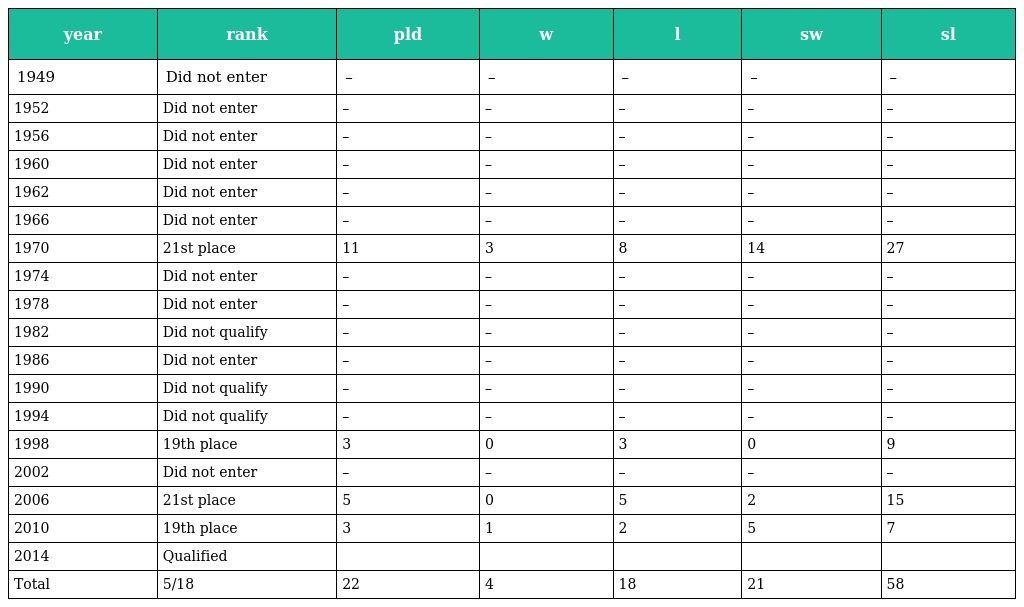
| year | rank | pld | w | l | sw | sl |
 | --- | --- | --- | --- | --- | --- | --- |
 | 1949 | Did not enter | – | – | – | – | – |
 | 1952 | Did not enter | – | – | – | – | – |
 | 1956 | Did not enter | – | – | – | – | – |
 | 1960 | Did not enter | – | – | – | – | – |
 | 1962 | Did not enter | – | – | – | – | – |
 | 1966 | Did not enter | – | – | – | – | – |
 | 1970 | 21st place | 11 | 3 | 8 | 14 | 27 |
 | 1974 | Did not enter | – | – | – | – | – |
 | 1978 | Did not enter | – | – | – | – | – |
 | 1982 | Did not qualify | – | – | – | – | – |
 | 1986 | Did not enter | – | – | – | – | – |
 | 1990 | Did not qualify | – | – | – | – | – |
 | 1994 | Did not qualify | – | – | – | – | – |
 | 1998 | 19th place | 3 | 0 | 3 | 0 | 9 |
 | 2002 | Did not enter | – | – | – | – | – |
 | 2006 | 21st place | 5 | 0 | 5 | 2 | 15 |
 | 2010 | 19th place | 3 | 1 | 2 | 5 | 7 |
 | 2014 | Qualified |  |  |  |  |  |
 | Total | 5/18 | 22 | 4 | 18 | 21 | 58 |